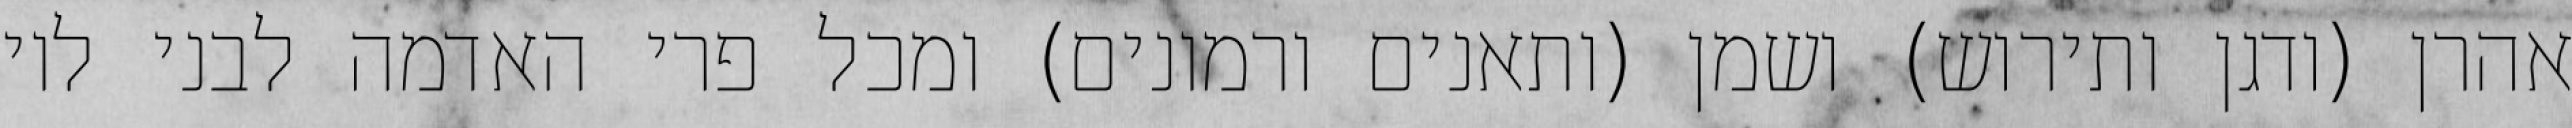
אהרן (ודגן ותירוש) ושמן (ותאנים ורמונים) ומכל פרי האדמה לבני לוי